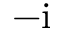
- \mathrm { i }